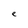
Character: e